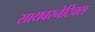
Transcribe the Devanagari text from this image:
सायबरनेटिक्स